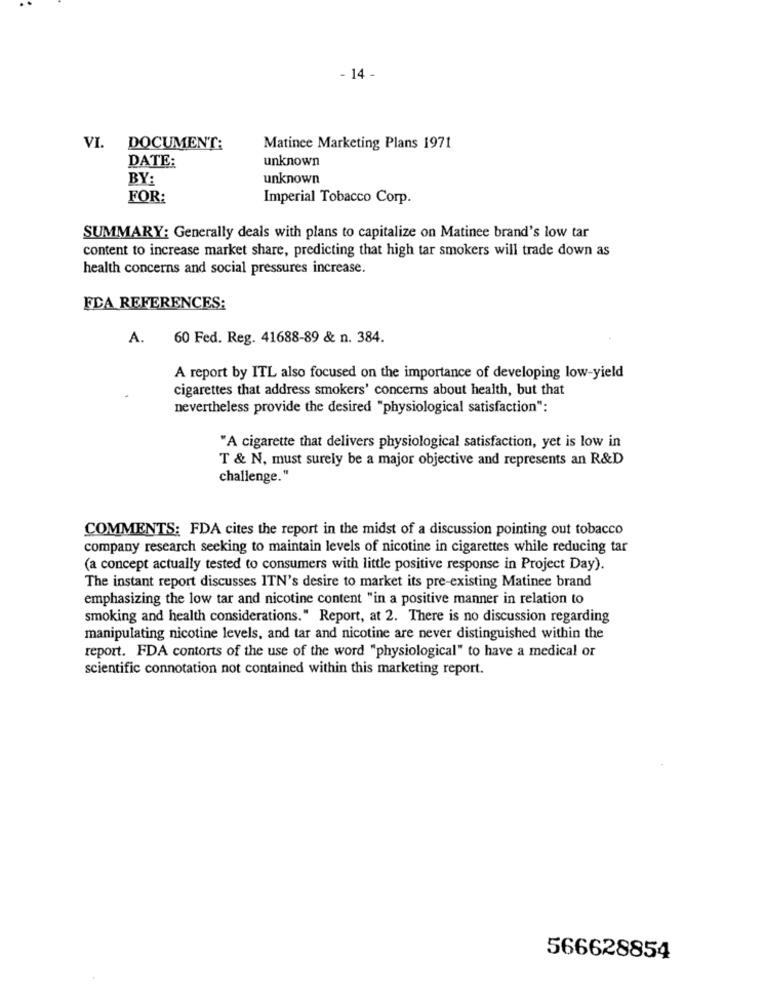
- 14 -
VI. DOCUMENT:
Matince Marketing Plans 1971
DATE:
unknown
BY:
unknown
FOR:
Imperial Tobacco Corp.
SUMMARY: Generally deals with plans to capitalize on Matinee brand's low tar
content to increase market share, predicting that high tar smokers will trade down as
health concerns and social pressures increase.
FDA REFERENCES:
A.
60 Fed. Reg. 41688-89 & n. 384.
A report by ITL also focused on the importance of developing low-yield
cigarettes that address smokers' concerns about health, but that
nevertheless provide the desired "physiological satisfaction":
"A cigarette that delivers physiological satisfaction, yet is low in
T & N, must surely be a major objective and represents an R&D
challenge."
COMMENTS: FDA cites the report in the midst of a discussion pointing out tobacco
company research seeking to maintain levels of nicotine in cigarettes while reducing tar
(a concept actually tested to consumers with little positive response in Project Day).
The instant report discusses ITN's desire to market its pre-existing Matinee brand
emphasizing the low tar and nicotine content "in a positive manner in relation to
smoking and health considerations." Report, at 2. There is no discussion regarding
manipulating nicotine levels, and tar and nicotine are never distinguished within the
report. FDA contorts of the use of the word "physiological" to have a medical or
scientific connotation not contained within this marketing report.
566628854